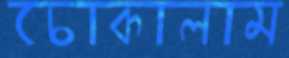
চোকালাম